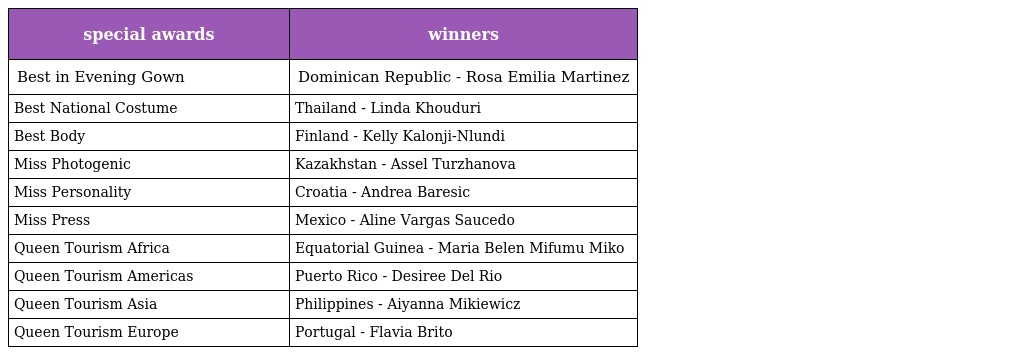
| special awards | winners |
 | --- | --- |
 | Best in Evening Gown | Dominican Republic - Rosa Emilia Martinez |
 | Best National Costume | Thailand - Linda Khouduri |
 | Best Body | Finland - Kelly Kalonji-Nlundi |
 | Miss Photogenic | Kazakhstan - Assel Turzhanova |
 | Miss Personality | Croatia - Andrea Baresic |
 | Miss Press | Mexico - Aline Vargas Saucedo |
 | Queen Tourism Africa | Equatorial Guinea - Maria Belen Mifumu Miko |
 | Queen Tourism Americas | Puerto Rico - Desiree Del Rio |
 | Queen Tourism Asia | Philippines - Aiyanna Mikiewicz |
 | Queen Tourism Europe | Portugal - Flavia Brito |